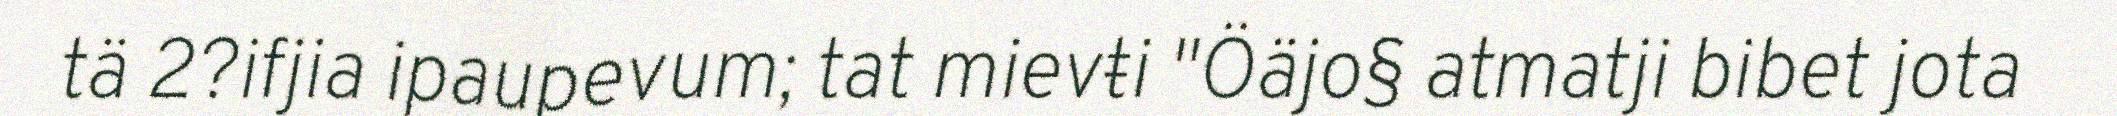
tä 2?ifjia ipaupevum; tat mievŧi "Öäjo§ atmatji bibet jota